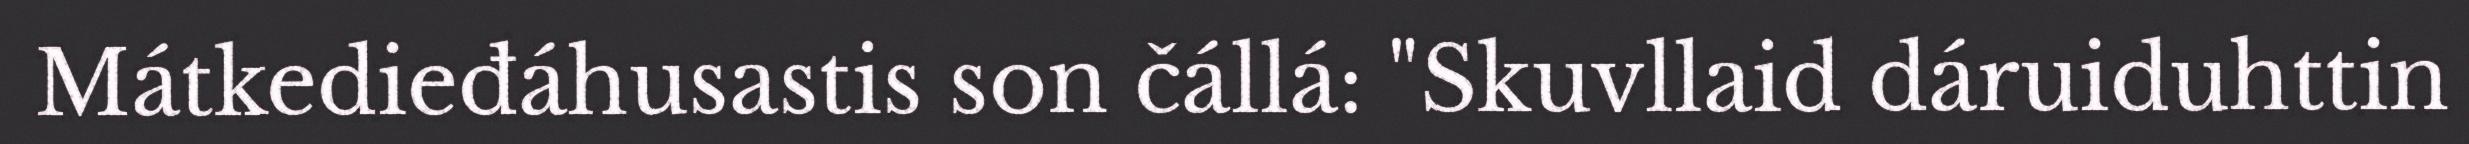
Mátkedieđáhusastis son čállá: "Skuvllaid dáruiduhttin